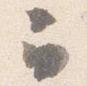
云